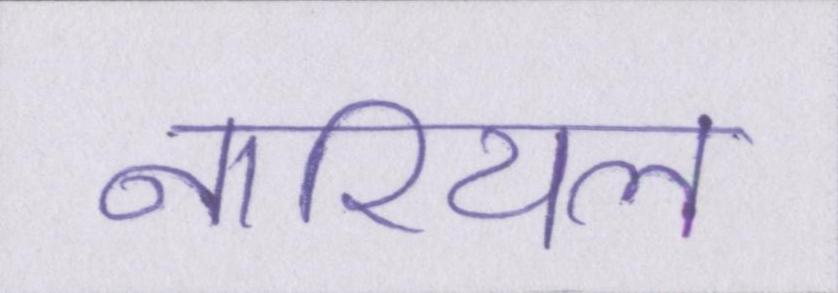
नारियल